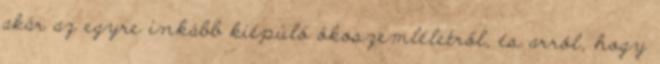
akár az egyre inkább kiépülő ökoszemléletről, és arról, hogy